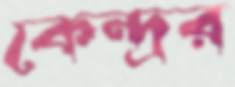
কেন্দ্রর